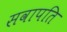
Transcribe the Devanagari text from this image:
सवापति